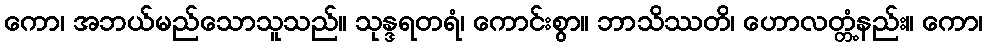
ကော၊ အဘယ်မည်သောသူသည်။ သုန္ဒရတရံ၊ ကောင်းစွာ။ ဘာသိဿတိ၊ ဟောလတ္တံ့နည်း။ ကော၊